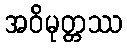
အဝိမုတ္တဿ